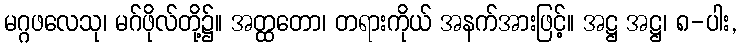
မဂ္ဂဖလေသု၊ မဂ်ဖိုလ်တို့၌။ အတ္ထတော၊ တရားကိုယ် အနက်အားဖြင့်။ အဋ္ဌ အဋ္ဌ၊ ၈-ပါး,